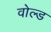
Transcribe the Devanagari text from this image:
वोल्ड